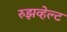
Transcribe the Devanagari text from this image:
रुझव्हेल्ट